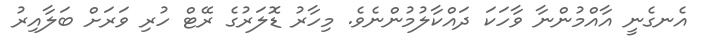
އެނގެނީ އާއްމުންނާ ވާހަކަ ދައްކާލުމުންނެވެ. މިހާރު ޑޮލަރުގެ ރޭޓް ހުރި ވަރަށް ބަލާއިރު